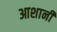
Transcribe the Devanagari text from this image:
आशानी